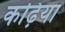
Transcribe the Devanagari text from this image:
कढ़िया